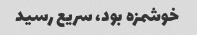
خوشمزه بود، سریع رسید